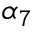
\alpha _ { 7 }